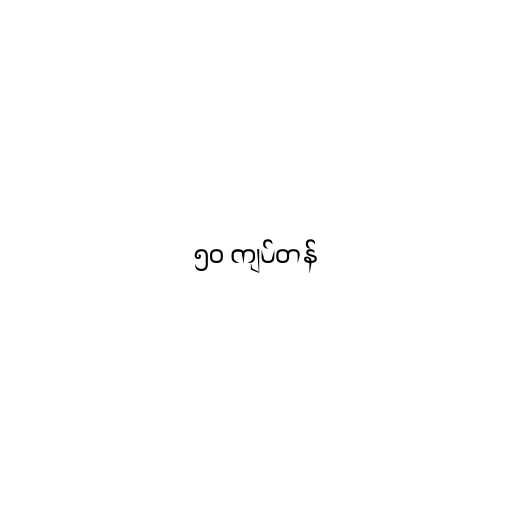
၅၀ ကျပ်တန်